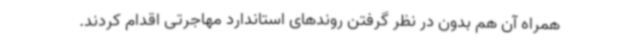
همراه آن هم بدون در نظر گرفتن روندهای استاندارد مهاجرتی اقدام کردند.